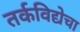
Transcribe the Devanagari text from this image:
तर्कविद्येचा